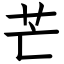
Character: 芒